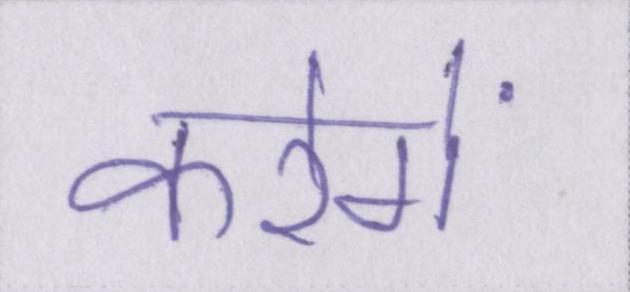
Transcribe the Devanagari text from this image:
करेगें